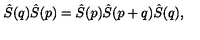
\hat { S } ( q ) \hat { S } ( p ) = \hat { S } ( p ) \hat { S } ( p + q ) \hat { S } ( q ) ,